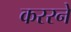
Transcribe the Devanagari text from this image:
कररने